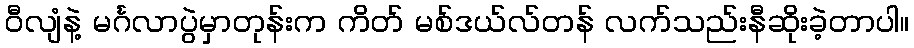
ဝီလျံနဲ့ မင်္ဂလာပွဲမှာတုန်းက ကိတ် မစ်ဒယ်လ်တန် လက်သည်းနီဆိုးခဲ့တာပါ။